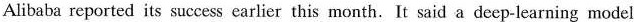
Alibaba reported its successearlierthis month.It said a deep-learning model